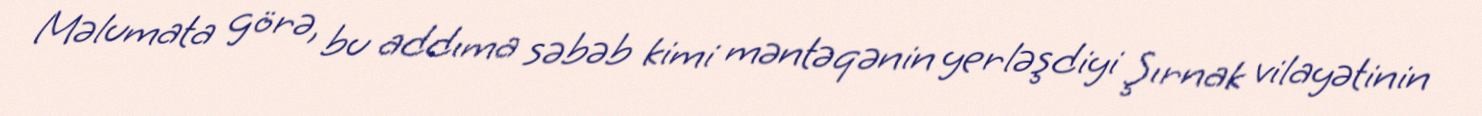
Məlumata görə, bu addıma səbəb kimi məntəqənin yerləşdiyi Şırnak vilayətinin